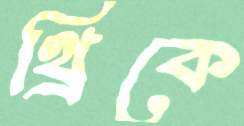
থ্রিকে